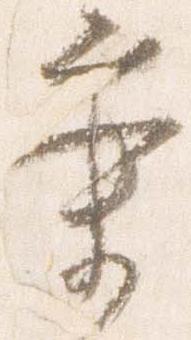
業